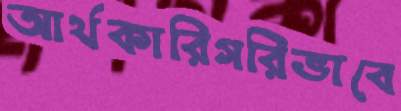
আর্থকারিগরিভাবে